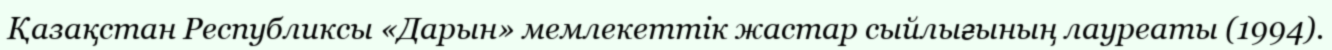
Қазақстан Республиксы «Дарын» мемлекеттік жастар сыйлығының лауреаты (1994).